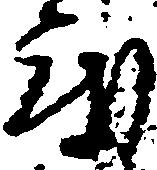
度